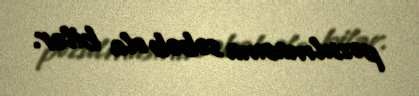
pozulmasına səbəb ola bilər.